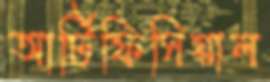
আর্টিফিসিয়াল